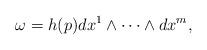
LaTeX: \begin{align*}\omega = h(p) dx^1 \wedge \cdots \wedge dx^m,\end{align*}